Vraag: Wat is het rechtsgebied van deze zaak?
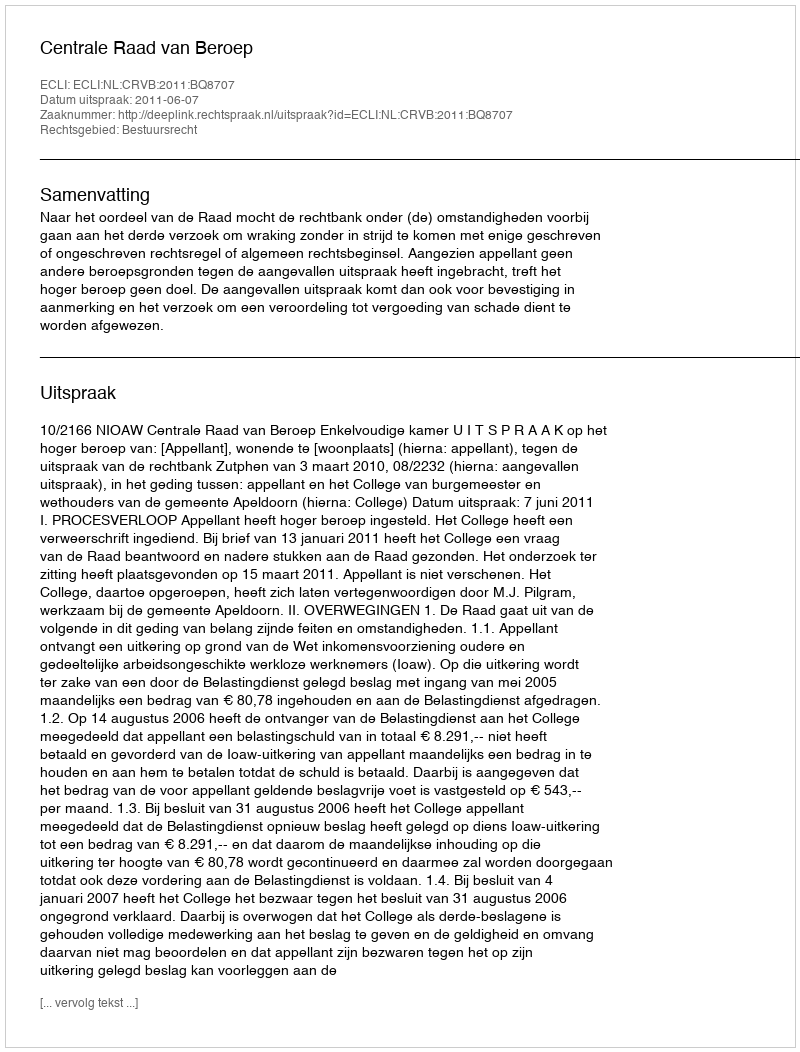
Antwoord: Bestuursrecht